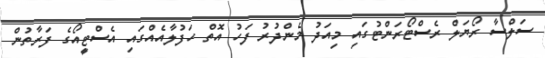
ސަލްސާ ރޯޔަލް ރެސްޓޯރަންޓުގައި މިއަދު މެންދުރު ފަހު އޮތް ހަފުލާއެއްގައި އެސްޓީއޯގެ ފަރާތުން